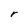
Character: r